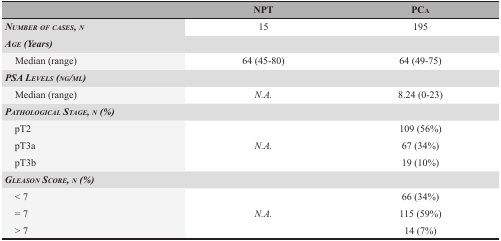
<table><thead><tr><td></td><td><b>NPT</b></td><td><b>PC<sub>A</sub></b></td></tr></thead><tbody><tr><td><b><i>NUMBER OF CASES, N</i></b></td><td>15</td><td>195</td></tr><tr><td colspan="3"><b><i>AGE (Years)</i></b></td></tr><tr><td> Median (range)</td><td>64 (45-80)</td><td>64 (49-75)</td></tr><tr><td colspan="3"><b><i>PSA LEVELS (NG/ML)</i></b></td></tr><tr><td> Median (range)</td><td><i>N.A.</i></td><td>8.24 (0-23)</td></tr><tr><td colspan="3"><b><i>PATHOLOGICAL STAGE, N (%)</i></b></td></tr><tr><td> pT2</td><td rowspan="3"><i>N.A.</i></td><td>109 (56%)</td></tr><tr><td> pT3a</td><td>67 (34%)</td></tr><tr><td> pT3b</td><td>19 (10%)</td></tr><tr><td colspan="3"><b><i>GLEASON SCORE, N (%)</i></b></td></tr><tr><td> &lt; 7</td><td rowspan="3"><i>N.A.</i></td><td>66 (34%)</td></tr><tr><td> = 7</td><td>115 (59%)</td></tr><tr><td> &gt; 7</td><td>14 (7%)</td></tr></tbody></table>